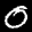
Label: 0